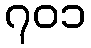
၇၀၁